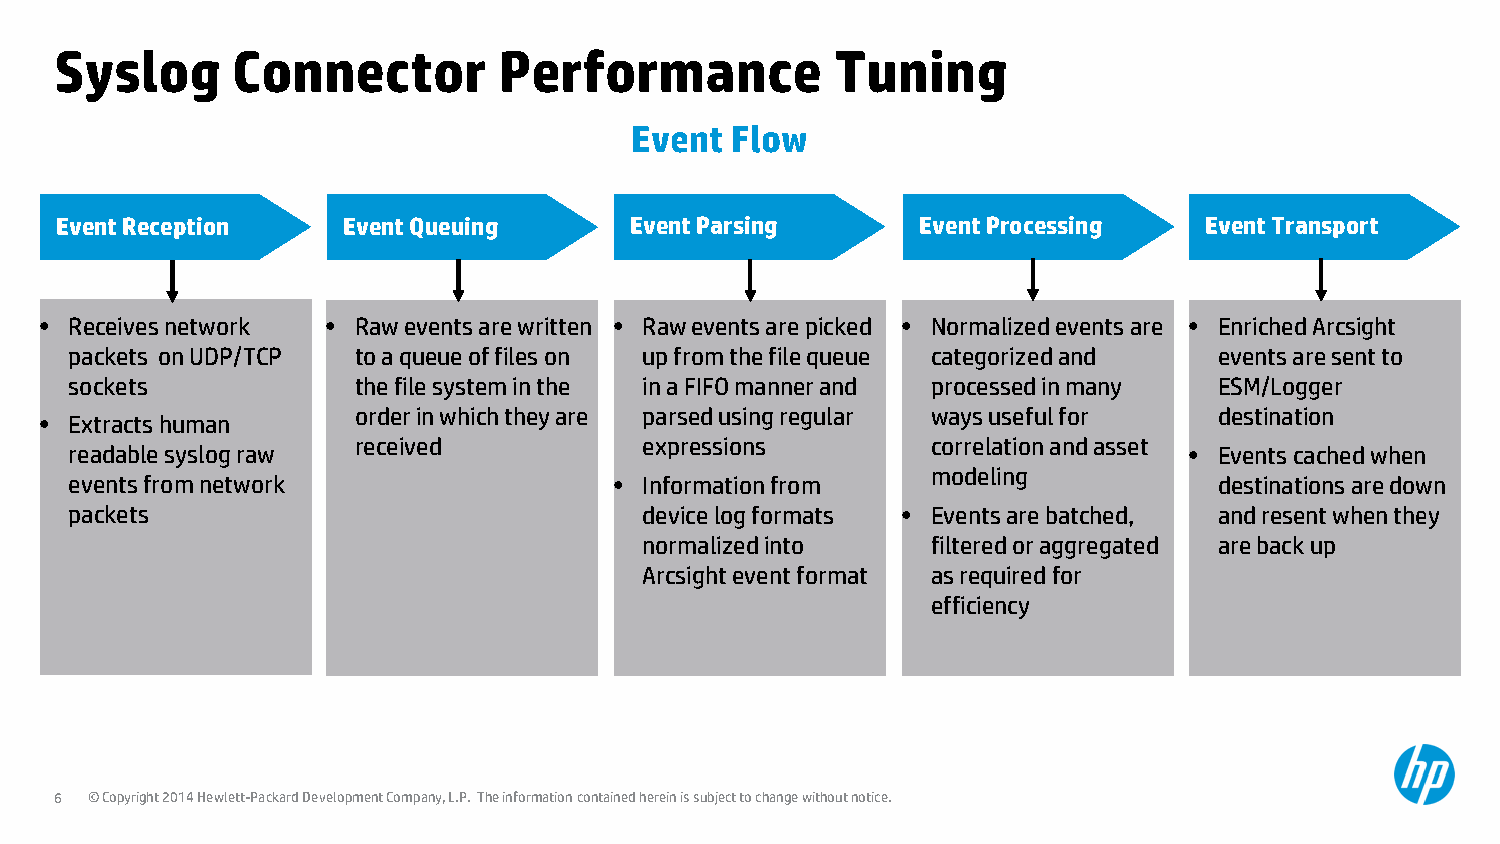
Syslog     Connector         Performance           Tuning
 Event Flow
 Event Reception    Event Queuing      Event Parsing      Event Processing   Event Transport
 • Receives network • Raw events are written • Raw events are picked • Normalized events are • Enriched Arcsight
 packets on UDP/TCP to a queue of files on up from the file queue categorized and events are sent to
 sockets           the file system in the in a FIFO manner and processed in many ESM/Logger
 order in which they are parsed using regular ways useful for destination
 • Extracts human
 received            expressions        correlation and asset
 readable syslog raw                                                       • Events cached when
 modeling
 events from network                 • Information from                      destinations are down
 packets                               device log formats • Events are batched, and resent when they
 normalized into    filtered or aggregated are back up
 Arcsight event format as required for
 efficiency
 6 © Copyright 2014 Hewlett-Packard Development Company, L.P. The information contained herein is subject to change without notice.